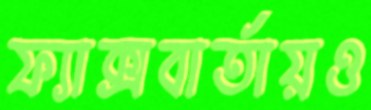
ফ্যাক্সবার্তায়ও